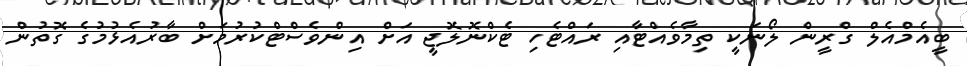
ބީއެމްއެލް ގްރީން ލޯނަކީ ތިމާވެއްޓާއި ރައްޓެހި ޓެކްނޮލޮޖީ އަށް އިންވެސްޓްކުރުމަށް ބާރުއެޅުމުގެ ގޮތުން